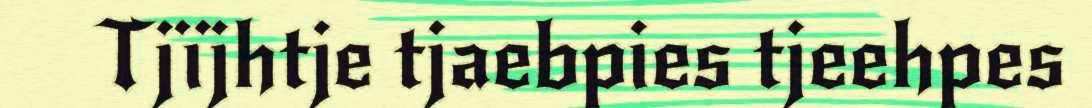
Tjïjhtje tjaebpies tjeehpes